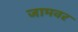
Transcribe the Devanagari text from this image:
जामवर